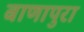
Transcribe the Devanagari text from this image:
बाणापुरा